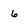
Character: 6